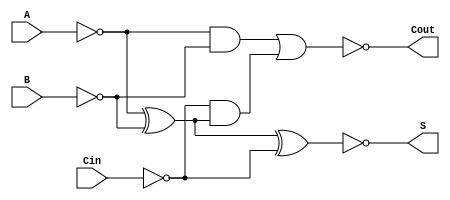
module NegativeCircuitFullAdder (
    input wire A,     // First binary input
    input wire B,     // Second binary input
    input wire Cin,   // Carry-in input
    output wire S,    // Sum output
    output wire Cout   // Carry-out output
);

// Inverted inputs
wire A_inv = ~A;
wire B_inv = ~B;
wire Cin_inv = ~Cin;

// Intermediate signals for sum and carry-out calculations
wire sum_intermediate;
wire carry_intermediate1;
wire carry_intermediate2;

// Calculate the sum output using XOR gates
assign sum_intermediate = A_inv ^ B_inv ^ Cin_inv; // Inverted sum output
assign S = ~sum_intermediate; // Inverted output for negative logic

// Calculate the carry-out output
assign carry_intermediate1 = A_inv & B_inv; // A' AND B'
assign carry_intermediate2 = Cin_inv & (A_inv ^ B_inv); // Cin' AND (A' XOR B')
assign Cout = ~(carry_intermediate1 | carry_intermediate2); // Inverted carry-out for negative logic

endmodule